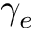
\gamma _ { e }